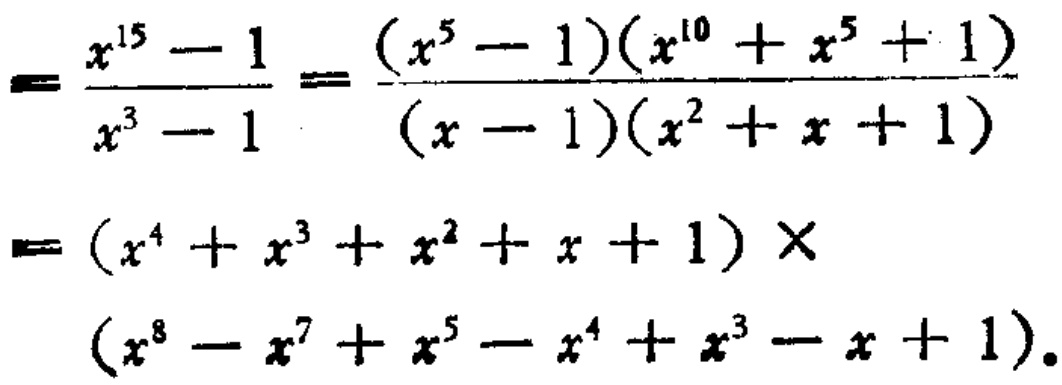
\[

\begin{align*}

&=\frac{x^{15}-1}{x^{3}-1}=\frac{(x^{5}-1)(x^{10}+x^{5}+1)}{(x - 1)(x^{2}+x + 1)}\\

&=(x^{4}+x^{3}+x^{2}+x + 1)\times\\

&(x^{8}-x^{7}+x^{5}-x^{4}+x^{3}-x + 1).

\end{align*}

\]